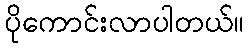
ပိုကောင်းလာပါတယ်။